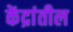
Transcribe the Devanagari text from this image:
केंद्रांतील